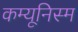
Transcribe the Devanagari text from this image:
कम्यूनिस्म